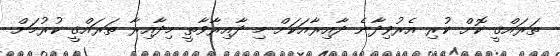
ތަރައްޤީ ކޮށް ކުރި އެރުވިދާނެ ދާއިރާއަކަށް މި ދާއިރާވާތީ މިދާއިރާ ތަރައްޤީ ކުރުމަށް